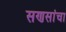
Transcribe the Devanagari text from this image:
सणसांचा